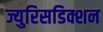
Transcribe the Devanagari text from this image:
ज्युरिसडिक्शन